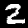
Digit: 2